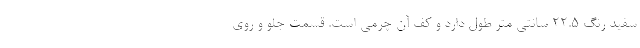
سفید رنگ ۲۲.۵ سانتی متر طول دارد و کف آن چرمی است. قسمت جلو و روی